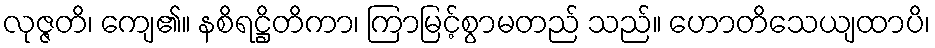
လုဇ္ဇတိ၊ ကျေ၏။ နစိရဋ္ဌိတိကာ၊ ကြာမြင့်စွာမတည် သည်။ ဟောတိသေယျထာပိ၊